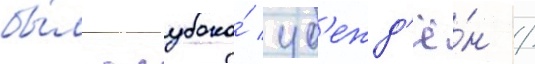
бы́л глубоко́ уб'ежд'ё́н /